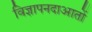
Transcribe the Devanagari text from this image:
विज्ञापनदाआतों